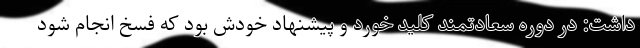
داشت: در دوره سعادتمند کلید خورد و پیشنهاد خودش بود که فسخ انجام شود